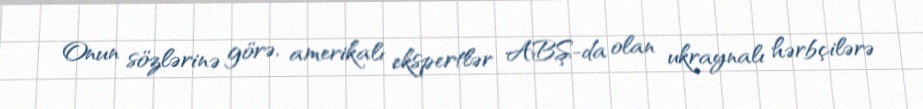
Onun sözlərinə görə, amerikalı ekspertlər ABŞ-da olan ukraynalı hərbçilərə